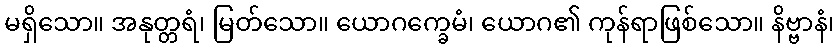
မရှိသော။ အနုတ္တရံ၊ မြတ်သော။ ယောဂက္ခေမံ၊ ယောဂ၏ ကုန်ရာဖြစ်သော။ နိဗ္ဗာနံ၊